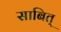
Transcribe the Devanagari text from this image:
साबित्